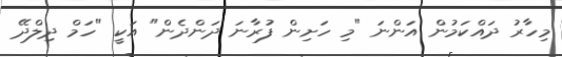
މިހާރު ދައްކަމުން އަންނަ "މި ހަށިން ފުރާނަ ދަންދެން" އަކީ "ހަމް ދިލްދޭ